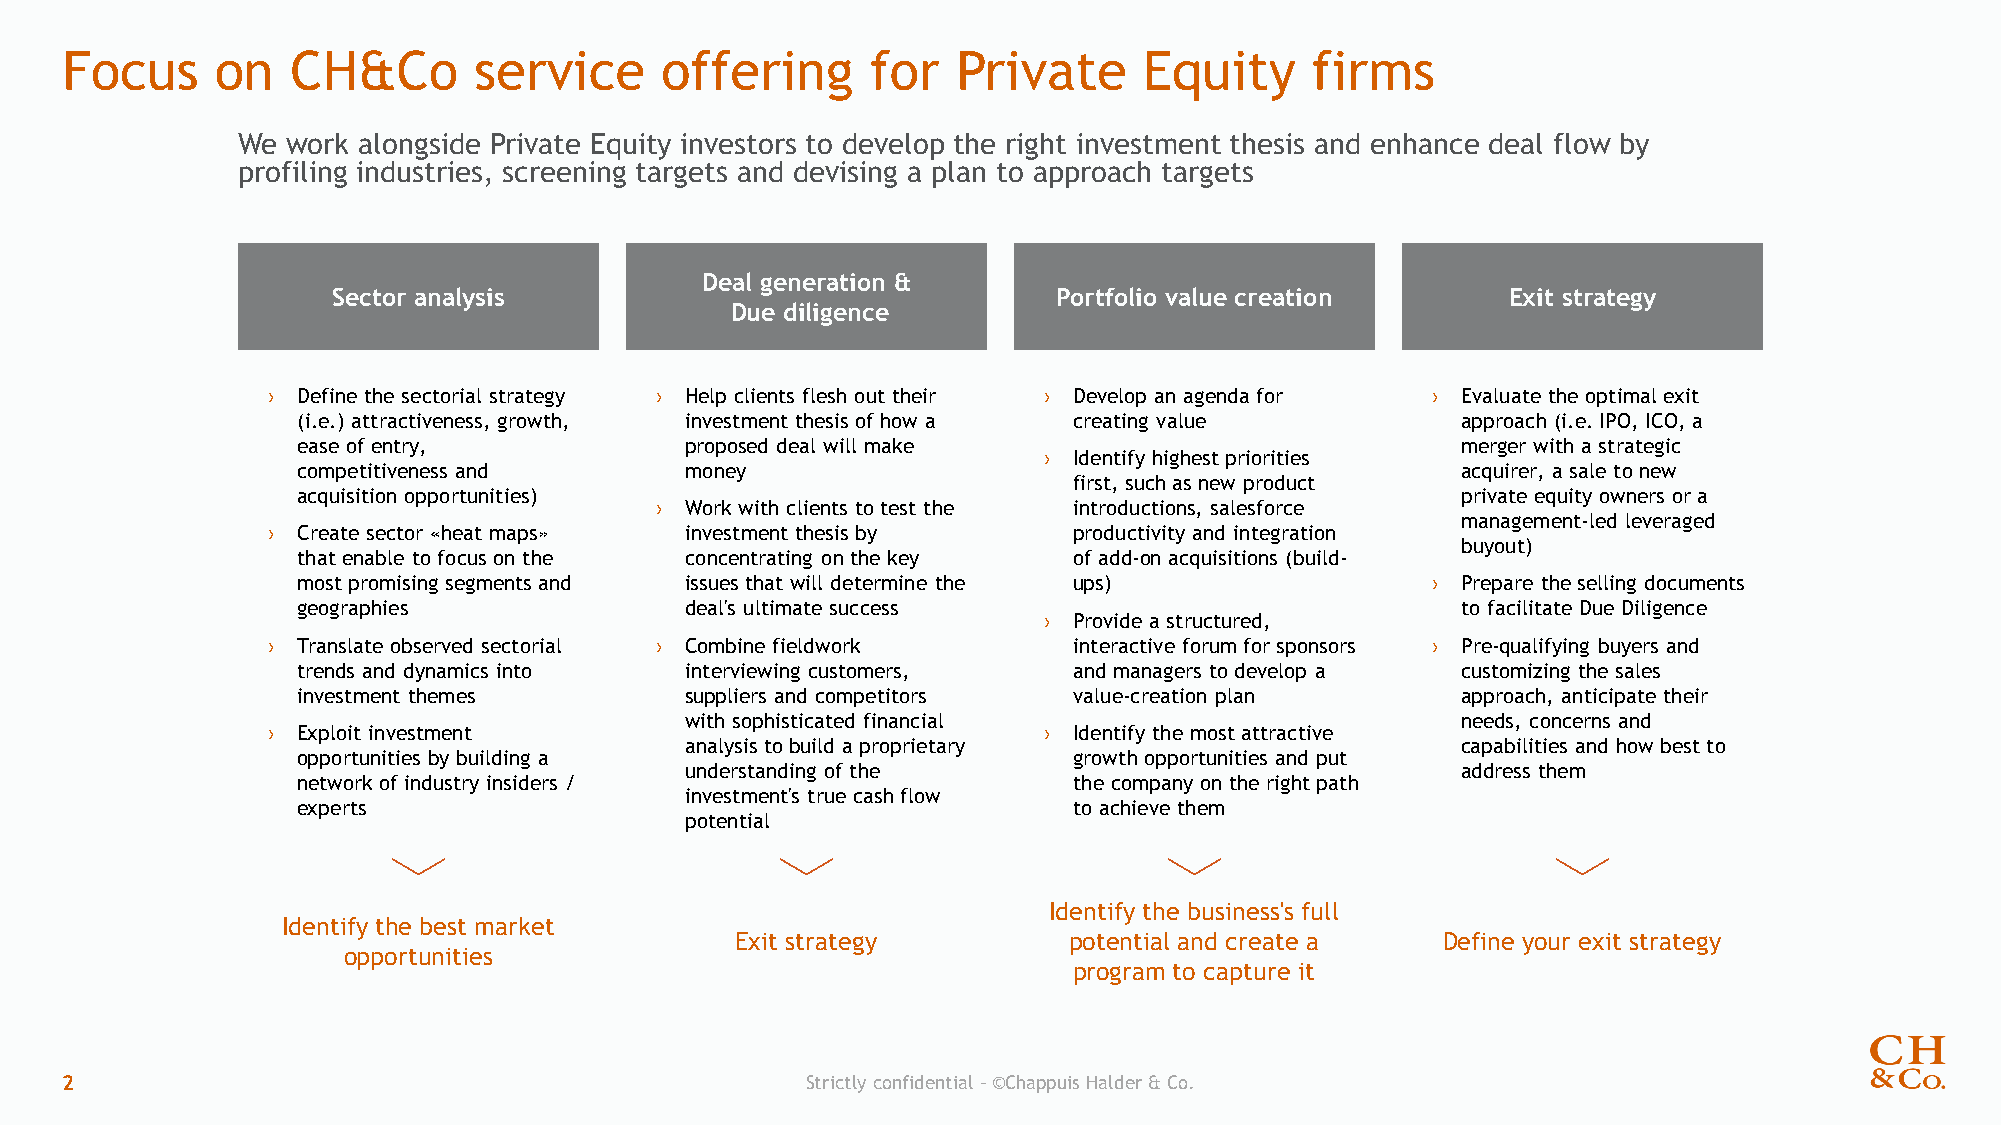
Focus     on   CH&Co       service      offering      for  Private      Equity     firms
 We work alongside Private Equity investors to develop the right investment thesis and enhance deal flow by
 profiling industries, screening targets and devising a plan to approach targets
 Deal generation &
 Sector analysis                                 Portfolio value creation      Exit strategy
 Due diligence
 › Define the sectorial strategy › Help clients flesh out their › Develop an agenda for › Evaluate the optimal exit
 (i.e.) attractiveness, growth, investment thesis of how a creating value     approach (i.e. IPO, ICO, a
 ease of entry,           proposed deal will make                             merger with a strategic
 › Identify highest priorities
 competitiveness and      money                                               acquirer, a sale to new
 first, such as new product
 acquisition opportunities)                                                   private equity owners or a
 › Work with clients to test the introductions, salesforce
 management-led leveraged
 › Create sector «heat maps» investment thesis by     productivity and integration
 buyout)
 that enable to focus on the concentrating on the key of add-on acquisitions (build-
 most promising segments and issues that will determine the ups)            › Prepare the selling documents
 geographies              deal's ultimate success                             to facilitate Due Diligence
 › Provide a structured,
 › Translate observed sectorial › Combine fieldwork   interactive forum for sponsors › Pre-qualifying buyers and
 trends and dynamics into interviewing customers,   and managers to develop a customizing the sales
 investment themes        suppliers and competitors value-creation plan       approach, anticipate their
 with sophisticated financial                        needs, concerns and
 › Exploit investment                               › Identify the most attractive
 analysis to build a proprietary                     capabilities and how best to
 opportunities by building a                        growth opportunities and put
 understanding of the                                address them
 network of industry insiders /                     the company on the right path
 investment's true cash flow
 experts                                            to achieve them
 potential
 Identify the business's full
 Identify the best market
 Exit strategy         potential and create a  Define your exit strategy
 opportunities
 program to capture it
 2                                                Strictly confidential –©Chappuis Halder & Co.